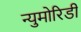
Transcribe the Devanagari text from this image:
न्युमोरिडी